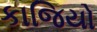
કાજિયો